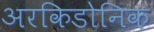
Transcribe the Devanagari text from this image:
अरकिडोनिक